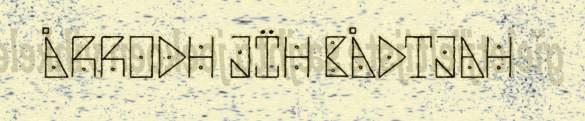
ÅRRODH JÏH BÅDTJAH